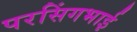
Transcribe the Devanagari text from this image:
परसिंगभाई